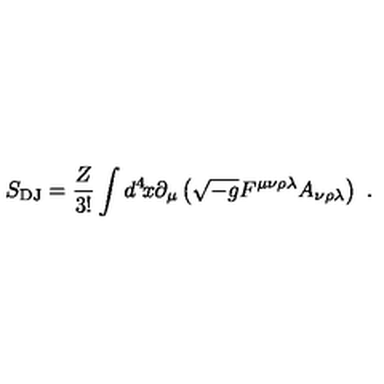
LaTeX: S _ { \mathrm { D J } } = \frac { Z } { 3 ! } \int d ^ { 4 } \! x \partial _ { \mu } \left( \sqrt { - g } F ^ { \mu \nu \rho \lambda } A _ { \nu \rho \lambda } \right) \ .